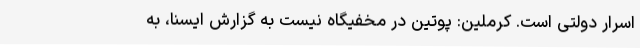
اسرار دولتی است. کرملین: پوتین در مخفیگاه نیست به گزارش ایسنا، به